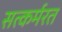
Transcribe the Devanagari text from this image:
सत्कर्मरत